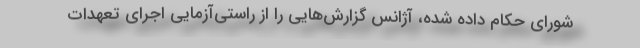
شورای حکام داده شده، آژانس گزارش‌هایی را از راستی‌آزمایی اجرای تعهدات